Vaccination North-Western Provinces and Oudh 1896-1901 - 1896-1901
Year: 1896
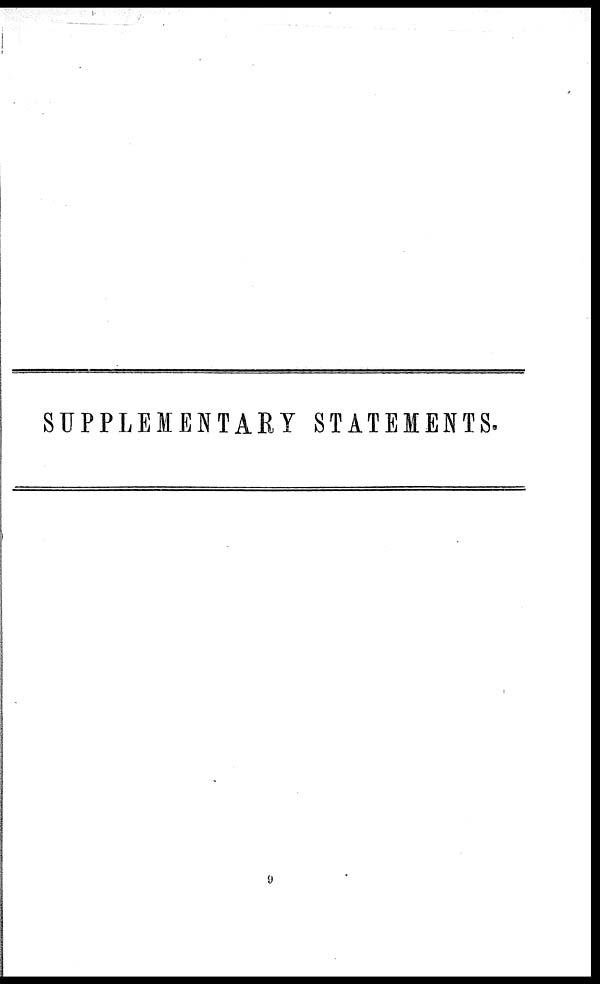
SUPPLEMENTARY STATEMENTS.